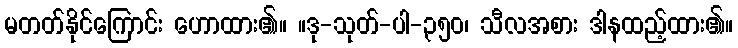
မတတ်နိုင်ကြောင်း ဟောထား၏။ ။ဒု-သုတ်-ပါ-၃၅၀၊ သီလအစား ဒါနထည့်ထား၏။